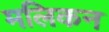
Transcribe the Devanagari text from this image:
मलिकन